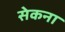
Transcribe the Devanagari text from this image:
सेकना